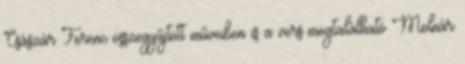
Császár Ferenc összegyűjtött műveiben is a vers megtalálható Molnár